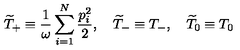
\widetilde { T } _ { + } \equiv \frac { 1 } { \omega } \sum _ { i = 1 } ^ { N } \frac { p _ { i } ^ { 2 } } { 2 } , \quad \widetilde { T } _ { - } \equiv T _ { - } , \quad \widetilde { T } _ { 0 } \equiv T _ { 0 }